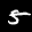
Label: 5